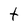
Character: t